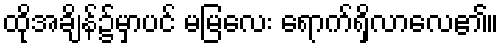
ထိုအချိန်၌မှာပင် မမြလေး ရောက်ရှိလာလေ၏။